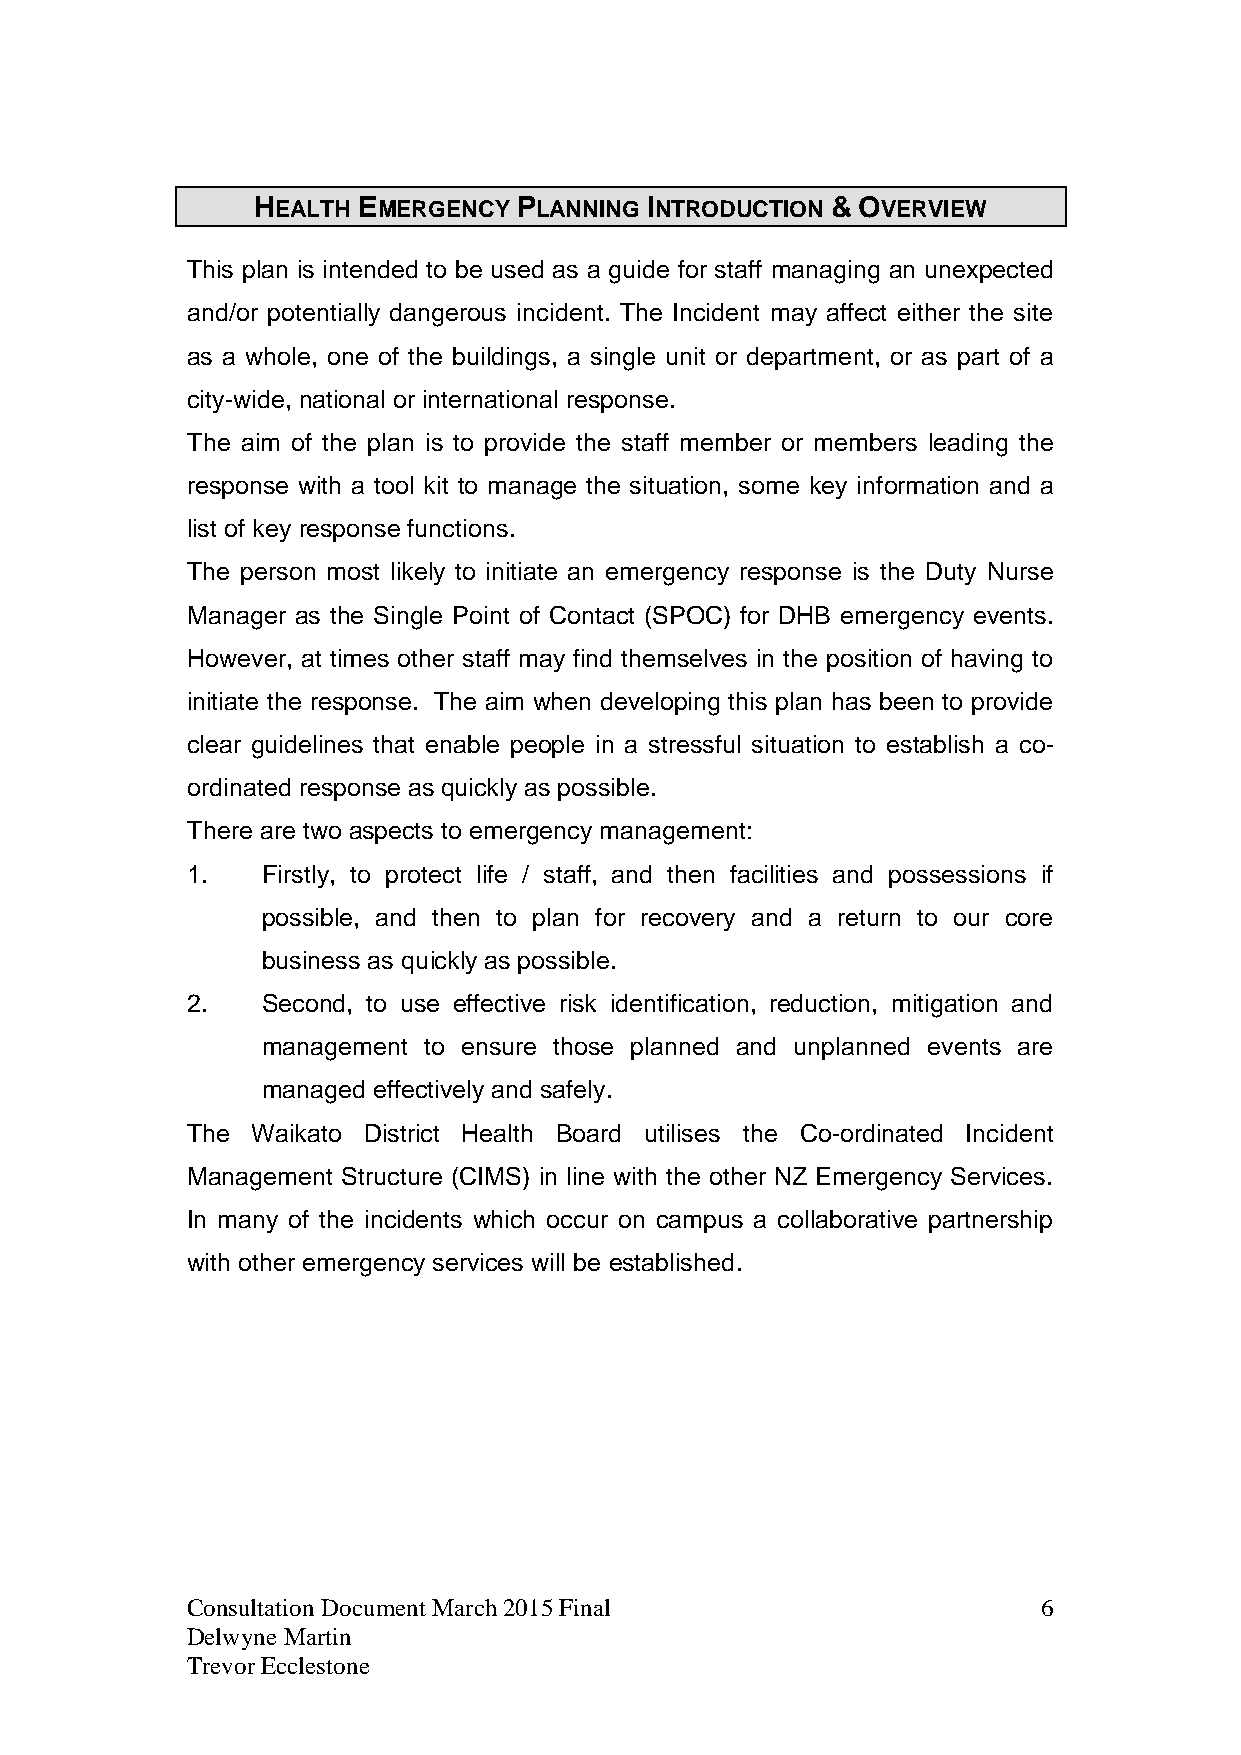
HEALTH EMERGENCY PLANNING INTRODUCTION & OVERVIEW
 This plan is intended to be used as a guide for staff managing an unexpected
 and/or potentially dangerous incident. The Incident may affect either the site
 as a whole, one of the buildings, a single unit or department, or as part of a
 city-wide, national or international response.
 The aim of the plan is to provide the staff member or members leading the
 response with a tool kit to manage the situation, some key information and a
 list of key response functions.
 The person most likely to initiate an emergency response is the Duty Nurse
 Manager as the Single Point of Contact (SPOC) for DHB emergency events.
 However, at times other staff may find themselves in the position of having to
 initiate the response. The aim when developing this plan has been to provide
 clear guidelines that enable people in a stressful situation to establish a co-
 ordinated response as quickly as possible.
 There are two aspects to emergency management:
 1.   Firstly, to protect life / staff, and then facilities and possessions if
 possible, and then to plan for recovery and a return to our core
 business as quickly as possible.
 2.   Second, to use effective risk identification, reduction, mitigation and
 management to ensure those planned and unplanned events are
 managed effectively and safely.
 The  Waikato District Health Board utilises the Co-ordinated Incident
 Management Structure (CIMS) in line with the other NZ Emergency Services.
 In many of the incidents which occur on campus a collaborative partnership
 with other emergency services will be established.
 Consultation Document March 2015 Final                   6
 Delwyne Martin
 Trevor Ecclestone